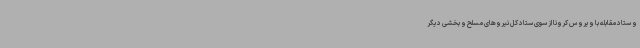
و ستاد مقابله با ویروس کرونا از سوی ستاد کل نیروهای مسلح و بخشی دیگر